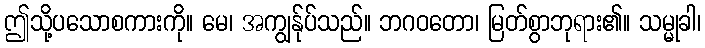
ဤသို့ပသောစကားကို။ မေ၊ အကျွန်ုပ်သည်။ ဘဂဝတော၊ မြတ်စွာဘုရား၏။ သမ္မုခါ၊